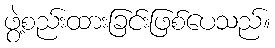
ဖွဲ့စည်းထားခြင်းဖြစ်ပေသည်။